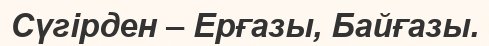
Сүгірден – Ерғазы, Байғазы.